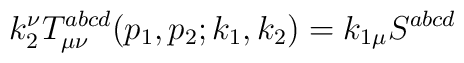
k_2^\nu T_{\mu \nu }^{abcd}(p_1,p_2;k_1,k_2)=k_{1\mu }S^{abcd}